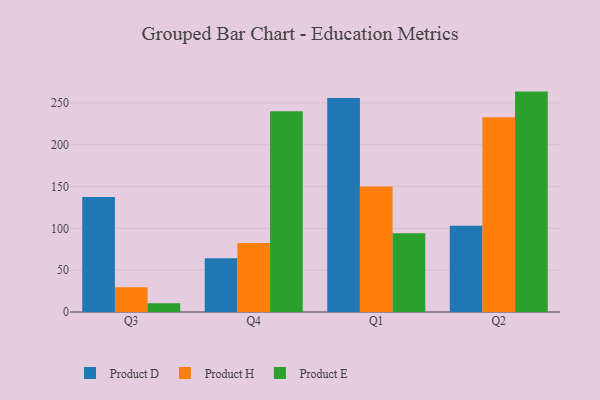
{"axis": {"x": "Quarter", "y": "LTV (USD)"}, "legend": ["Product D", "Product E", "Product H"], "data": [{"x": "Q3", "y": 137.4, "type": "Product D"}, {"x": "Q3", "y": 29.5, "type": "Product H"}, {"x": "Q3", "y": 10.4, "type": "Product E"}, {"x": "Q4", "y": 64.3, "type": "Product D"}, {"x": "Q4", "y": 82.5, "type": "Product H"}, {"x": "Q4", "y": 240.1, "type": "Product E"}, {"x": "Q1", "y": 255.7, "type": "Product D"}, {"x": "Q1", "y": 149.9, "type": "Product H"}, {"x": "Q1", "y": 94.2, "type": "Product E"}, {"x": "Q2", "y": 103.0, "type": "Product D"}, {"x": "Q2", "y": 232.8, "type": "Product H"}, {"x": "Q2", "y": 263.5, "type": "Product E"}]}